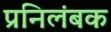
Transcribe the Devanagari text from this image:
प्रनिलंबक